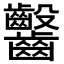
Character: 𪚆